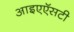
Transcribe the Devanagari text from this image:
आइएऍसटी